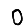
Digit: 0